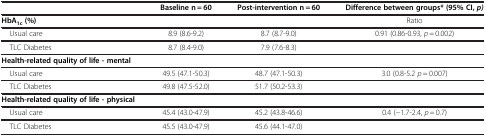
<table><thead><tr><td><b> </b></td><td><b>Baseline n = 60</b></td><td><b>Post-intervention n = 60</b></td><td><b>Difference between groups* (95% CI, <i>p)</i> </b></td></tr></thead><tbody><tr><td><b>HbA</b><sub><b>1c</b></sub><b>(%)</b></td><td> </td><td> </td><td>Ratio</td></tr><tr><td> Usual care</td><td>8.9 (8.6-9.2)</td><td>8.7 (8.7-9.0)</td><td>0.91 (0.86-0.93, <i>p</i> = 0.002)</td></tr><tr><td> TLC Diabetes</td><td>8.7 (8.4-9.0)</td><td>7.9 (7.6-8.3)</td><td> </td></tr><tr><td><b>Health-related quality of life - mental</b></td><td> </td><td> </td><td> </td></tr><tr><td> Usual care</td><td>49.5 (47.1-50.3)</td><td>48.7 (47.1-50.3)</td><td>3.0 (0.8-5.2 <i>p</i> = 0.007)</td></tr><tr><td> TLC Diabetes</td><td>49.8 (47.5-52.0)</td><td>51.7 (50.2-53.3)</td><td> </td></tr><tr><td><b>Health-related quality of life - physical</b></td><td> </td><td> </td><td> </td></tr><tr><td> Usual care</td><td>45.4 (43.0-47.9)</td><td>45.2 (43.8-46.6)</td><td>0.4 (−1.7-2.4, <i>p</i> = 0.7)</td></tr><tr><td> TLC Diabetes</td><td>45.5 (43.0-47.9)</td><td>45.6 (44.1-47.0)</td><td> </td></tr></tbody></table>